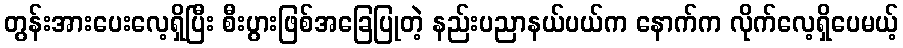
တွန်းအားပေးလေ့ရှိပြီး စီးပွားဖြစ်အခြေပြုတဲ့ နည်းပညာနယ်ပယ်က နောက်က လိုက်လေ့ရှိပေမယ့်